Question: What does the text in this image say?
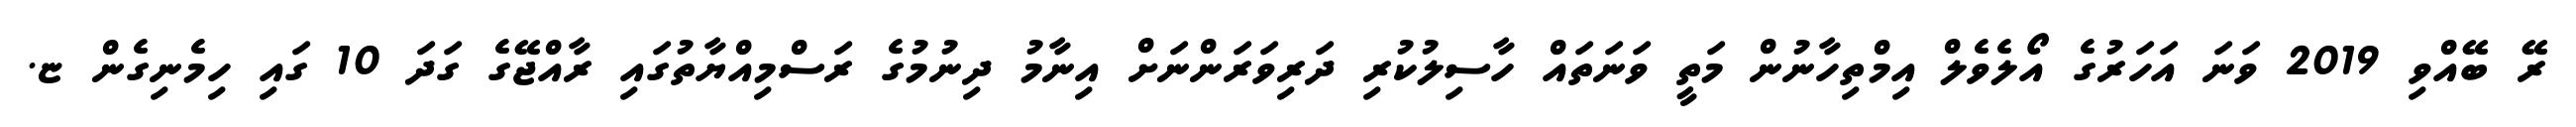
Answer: ރޭ ބޭއްވި 2019 ވަނަ އަހަރުގެ އޯލެވެލް އިމްތިހާނުން މަތީ ވަނަތައް ހާސިލުކުރި ދަރިވަރަންނަށް އިނާމު ދިނުމުގެ ރަސްމިއްޔާތުގައި ރާއްޖޭގެ ގަދަ 10 ގައި ހިމެނިގެން ޏ.